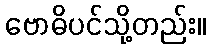
ဗောဓိပင်သို့တည်း။